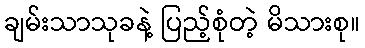
ချမ်းသာသုခနဲ့ ပြည့်စုံတဲ့ မိသားစု။